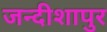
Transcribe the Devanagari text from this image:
जन्दीशापुर